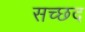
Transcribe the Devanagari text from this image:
सच्छद